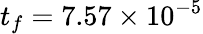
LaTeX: t_{f}=7.57\times 10^{-5}